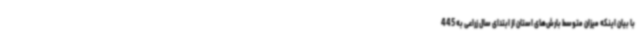
با بیان اینکه میزان متوسط بارش‌های استان از ابتدای سال زراعی به 445